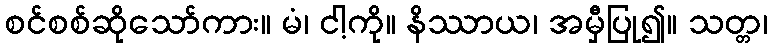
စင်စစ်ဆိုသော်ကား။ မံ၊ ငါ့ကို။ နိဿာယ၊ အမှီပြု၍။ သတ္တ၊